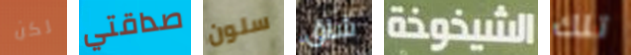
لكن صداقتي سلون شاق الشيخوخة تلك